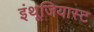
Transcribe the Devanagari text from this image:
इंथूजियास्ट